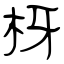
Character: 枒